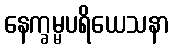
နေက္ခမ္မပရိယေသနာ